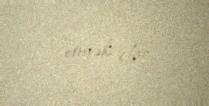
etmək olar.